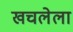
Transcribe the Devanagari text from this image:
खचलेला